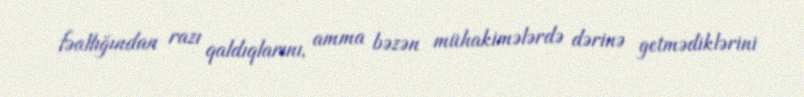
fəallığından razı qaldıqlarını, amma bəzən mühakimələrdə dərinə getmədiklərini